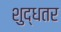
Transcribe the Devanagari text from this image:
शुद्धतर